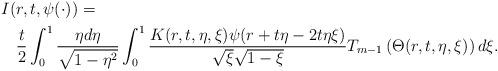
LaTeX: \begin{align*} I(& r,t,\psi(\cdot))= \\&\frac{t}{2}\int_{0}^{1}\frac{\eta d\eta}{\sqrt{1-\eta^2}}\int_{0}^{1}\frac{K(r,t,\eta,\xi)\psi(r+t\eta-2t\eta\xi)}{\sqrt{\xi}\sqrt{1-\xi}} T_{m-1}\left(\Theta(r,t,\eta,\xi)\right)d\xi.\end{align*}